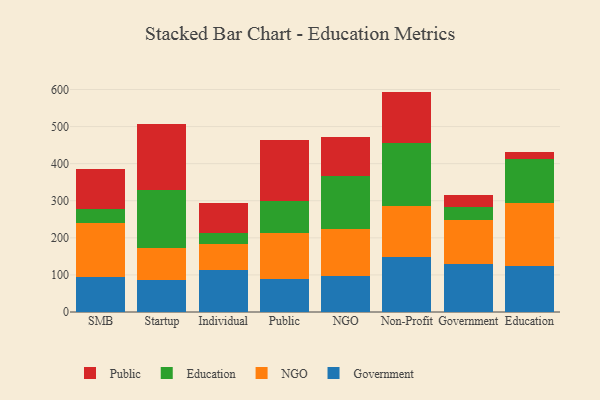
{"axis": {"x": "Segment", "y": "Demand Index"}, "legend": ["Education", "Government", "NGO", "Public"], "data": [{"x": "SMB", "y": 95.1, "type": "Government"}, {"x": "SMB", "y": 144.1, "type": "NGO"}, {"x": "SMB", "y": 37.4, "type": "Education"}, {"x": "SMB", "y": 110.1, "type": "Public"}, {"x": "Startup", "y": 86.1, "type": "Government"}, {"x": "Startup", "y": 87.7, "type": "NGO"}, {"x": "Startup", "y": 153.9, "type": "Education"}, {"x": "Startup", "y": 178.2, "type": "Public"}, {"x": "Individual", "y": 114.0, "type": "Government"}, {"x": "Individual", "y": 70.3, "type": "NGO"}, {"x": "Individual", "y": 28.2, "type": "Education"}, {"x": "Individual", "y": 80.1, "type": "Public"}, {"x": "Public", "y": 89.6, "type": "Government"}, {"x": "Public", "y": 122.2, "type": "NGO"}, {"x": "Public", "y": 87.8, "type": "Education"}, {"x": "Public", "y": 163.9, "type": "Public"}, {"x": "NGO", "y": 97.6, "type": "Government"}, {"x": "NGO", "y": 126.3, "type": "NGO"}, {"x": "NGO", "y": 142.6, "type": "Education"}, {"x": "NGO", "y": 104.4, "type": "Public"}, {"x": "Non-Profit", "y": 147.2, "type": "Government"}, {"x": "Non-Profit", "y": 139.0, "type": "NGO"}, {"x": "Non-Profit", "y": 168.6, "type": "Education"}, {"x": "Non-Profit", "y": 139.5, "type": "Public"}, {"x": "Government", "y": 129.3, "type": "Government"}, {"x": "Government", "y": 118.2, "type": "NGO"}, {"x": "Government", "y": 36.3, "type": "Education"}, {"x": "Government", "y": 31.9, "type": "Public"}, {"x": "Education", "y": 124.0, "type": "Government"}, {"x": "Education", "y": 170.9, "type": "NGO"}, {"x": "Education", "y": 118.1, "type": "Education"}, {"x": "Education", "y": 19.2, "type": "Public"}]}